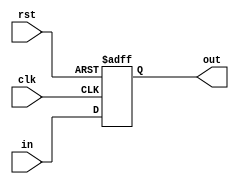
`timescale 1ns / 1ps
module ifid(
input clk,
input rst,
input [9:0] in,
output reg [9:0] out
    );
    always@(posedge clk, negedge rst)
    begin
    if( rst==1)
    out<=in;
    else 
    out=0;
    end
endmodule